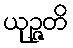
ယုဉ္ဇတိ